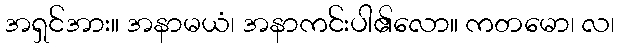
အရှင်အား။ အနာမယံ၊ အနာကင်းပါ၏လော။ ကတမော၊ လ၊